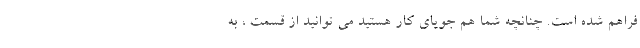
فراهم شده است. چنانچه شما هم جویای کار هستید می توانید از قسمت ، به